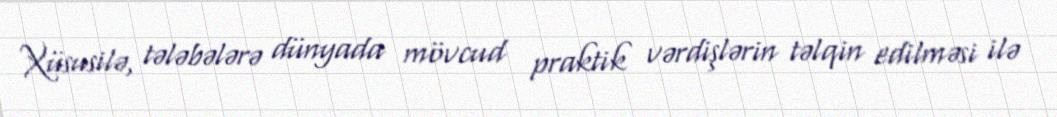
Xüsusilə, tələbələrə dünyada mövcud praktik vərdişlərin təlqin edilməsi ilə